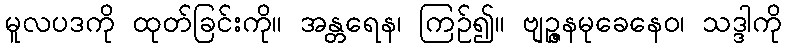
မူလပဒကို ထုတ်ခြင်းကို။ အန္တရေန၊ ကြဉ်၍။ ဗျဉ္ဇနမုခေနေဝ၊ သဒ္ဒါကို